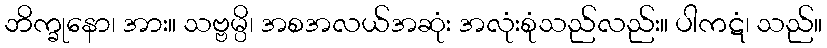
ဘိက္ခုနော၊ အား။ သဗ္ဗမ္ပိ၊ အစအလယ်အဆုံး အလုံးစုံသည်လည်း။ ပါကဋံ၊ သည်။